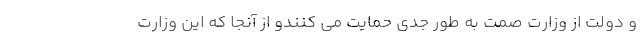
و دولت از وزارت صمت به طور جدی حمایت می کنندو از آنجا که این وزارت